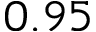
0 . 9 5